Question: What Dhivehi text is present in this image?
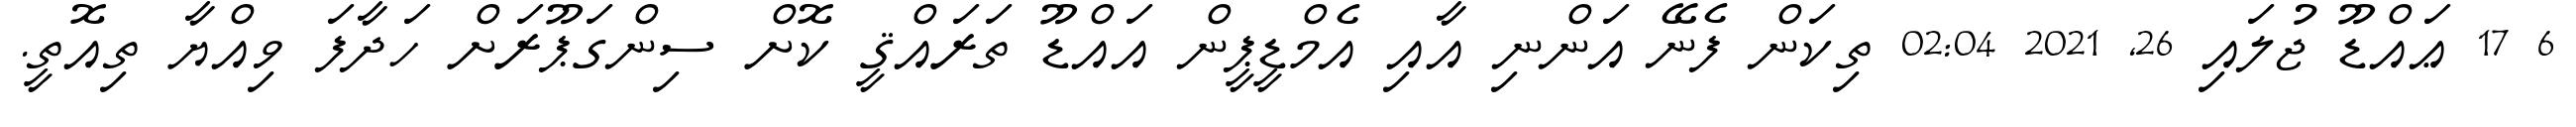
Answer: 6 17 ޢައްޑޫ ޖުލައި 26, 2021 02:04 ތިކަން ފެނޭ އަންނި އާއި އެމްޑީޕީން އައްޑޫ ތަރައްޤީ ކޮށް ސިންގަޕޫރަށް ހަދާފަ ވިއްޔާ ތިއޮތީ.